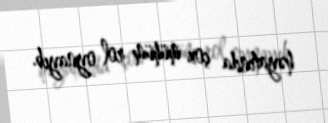
həyatında çox mühüm rol oynayıb.